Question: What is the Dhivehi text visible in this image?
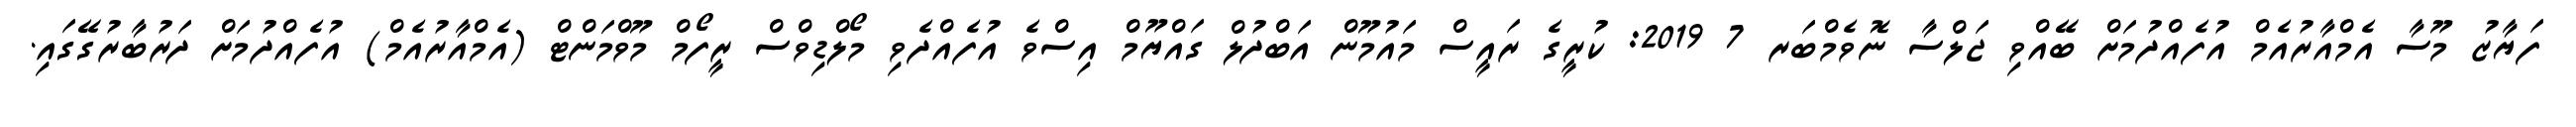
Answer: ފަޔާޒު މޫސާ އެމްއާރުއެމް އުފެއްދުމަށް ބޭއްވި ޖަލްސާ ނޮވެމްބަރ 7 2019: ކުރީގެ ރައީސް މައުމޫން އަބްދުލް ގައްޔޫމް އިސްވެ އުފެއްދެވި މޯލްޑިވްސް ރީފޯމް މޫވްމަންޓް (އެމްއާރުއެމް) އުފެއްދުމަށް ދަރުބާރުގޭގައި.